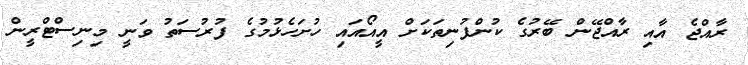
ރާއްޖެ އާއި ރާއްޖޭން ބޭރުގެ ކުންފުނިތަކަށް އީއޯއައި ހުށަހެޅުމުގެ ފުރުސަތު ވަނީ މިނިސްޓްރީން